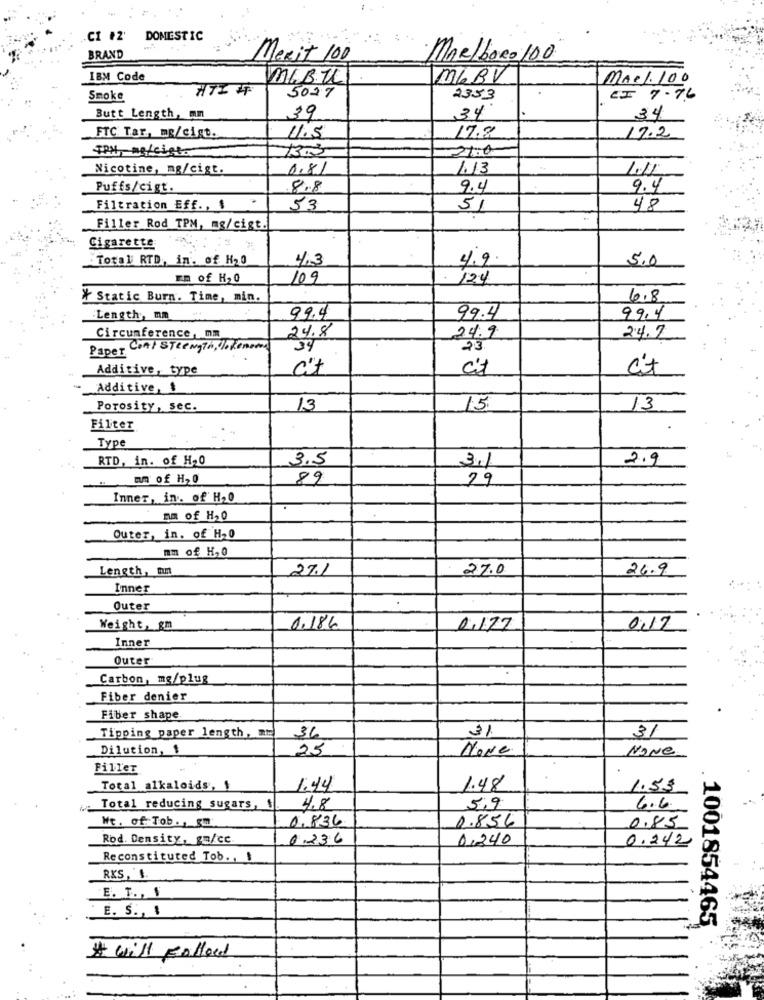
.CI #2'
DOMESTIC
BRAND
Mexit 100
·Marlboro 100
IBM Code
MIBULI
MLBV
Mae1. 100
5027
Smoke
2353
CI 7.76
Butt Length, mm
39
34
34
FTC Tar, mg/cigt.
11.5
17.2
17.2
TPM, no/cies
21:0
Nicotine, mg/cigt.
0.81
1.13
Puffs/cigt.
8.8
9.4
9.4
4
Filtration Eff ., $
53
51
48
Filler Rod TPM, mg/cigt.
Cigarette
Total RTD, in. of H20
4.3
4.9
5.0
En of H, O
109
124
* Static Burn. Time, min.
6.8
Lengthy, mm
99.4
99.4
99,4
24.8
Circumference, mm
24.9
24.7
Paper Cont STRengTh, lo tenemos
39
23
Additive, type
c't
c't
cit
Additive, 1
Porosity, sec.
13
15.
13
Filter
Type
RTD, in. of H20
3.5
3.1
2.9
um of H, 0
89
29
Inner, in. of H,0
nm of H,0
Outer, in. of H,0
mm of H, 0
Length, um
27.1
27.0
26.9
Inner
Outer
Weight, gm
0.184
0.177
0,17
Inner
Outer
Carbon, mg/plug
Fiber denier
Fiber shape
3%
Tipping paper length, mm
36
31
Dilution, 1
25
Nove
NONE
Filler
Total alkaloids, 1
1.44
1.48
1.53
Total reducing sugars, $
4.8
5,9
6.6
Wt. of Tob. , gm
0.856
0,836
0.85
Rod. Density, gm/cc.
0.336
0,240
0.242
Reconstituted Tob ., !
RKS, S.
E. T ., f
E. S ., 1
1001854465
# will Follow